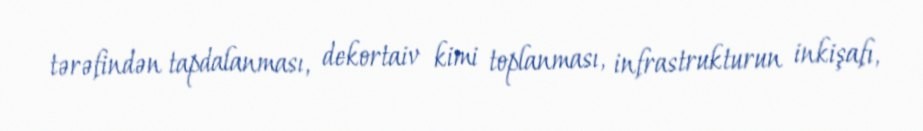
tərəfindən tapdalanması, dekortaiv kimi toplanması, infrastrukturun inkişafı,